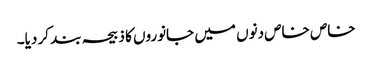
خاص خاص دنوں میں جانوروں کا ذبیحہ بند کر دیا۔